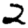
Digit: 2